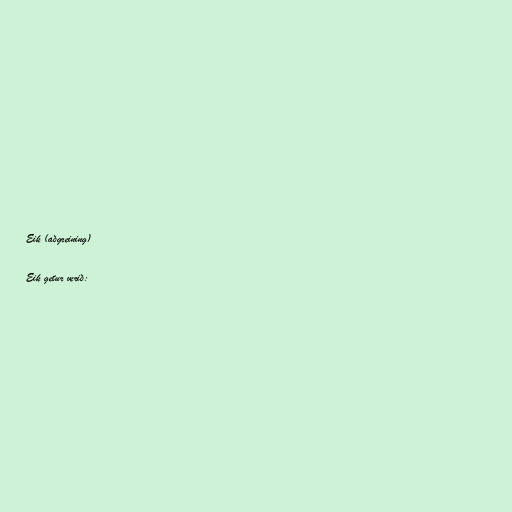
Eik (aðgreining)

Eik getur verið: